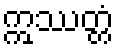
ဣဿတ္တံ